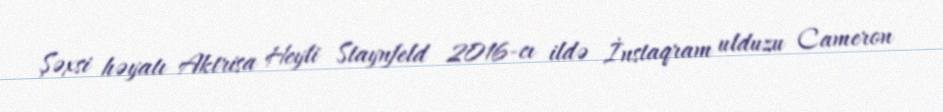
Şəxsi həyatı Aktrisa Heyli Staynfeld 2016-cı ildə İnstaqram ulduzu Cameron